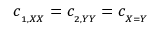
c _ { _ { 1 , X X } } = c _ { _ { 2 , Y Y } } = c _ { _ { X = Y } }